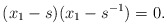
\begin{align*} (x_1 -s)(x_1 - s^{-1}) = 0. \end{align*}